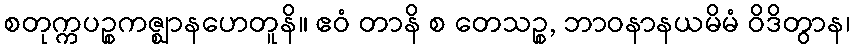
စတုက္ကပဉ္စကဇ္ဈာနဟေတူနိ။ ဧဝံ တာနိ စ တေသဉ္စ, ဘာဝနာနယမိမံ ဝိဒိတွာန၊